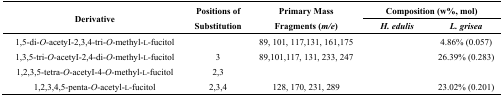
<table><thead><tr><td rowspan="2"><b>Derivative</b></td><td rowspan="2"><b>Positions of Substitution</b></td><td rowspan="2"><b>Primary Mass Fragments (<i>m/e</i>)</b></td><td colspan="2"><b>Composition (w%, mol)</b></td></tr><tr><td><b><i>H. edulis</i></b></td><td><b><i>L. grisea</i></b></td></tr></thead><tbody><tr><td>1,5-di-<i>O</i>-acetyI-2,3,4-tri-<i>O</i>-methyl-l-fucitol</td><td>[EMPTY_CELL]</td><td>89, 101, 117,131, 161,175</td><td>[EMPTY_CELL]</td><td>4.86% (0.057)</td></tr><tr><td>1,3,5-tri-<i>O</i>-acetyI-2,4-di-<i>O</i>-methyl-l-fucitol</td><td>3</td><td>89,101,117, 131, 233, 247</td><td>[EMPTY_CELL]</td><td>26.39% (0.283)</td></tr><tr><td>1,2,3,5-tetra-<i>O</i>-acetyI-4-<i>O</i>-methyl-l-fucitol</td><td>2,3</td><td>[EMPTY_CELL]</td><td>[EMPTY_CELL]</td><td>[EMPTY_CELL]</td></tr><tr><td>1,2,3,4,5-penta-<i>O</i>-acetyl-l-fucitol</td><td>2,3,4</td><td>128, 170, 231, 289</td><td>[EMPTY_CELL]</td><td>23.02% (0.201)</td></tr></tbody></table>